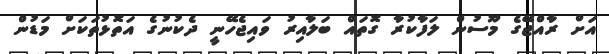
އަށް ރާއްޖޭގެ މޫސުން ލަފާކުރާ ގޮތައް ބަލާއިރު ވައިޖެހޭނީ ދެކުނުގެ އަތޮޅުތަކަށް މަޑުން